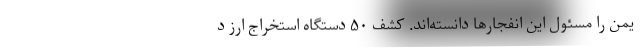
یمن را مسئول این انفجارها دانسته‌اند. کشف ۵۰ دستگاه استخراج ارز د